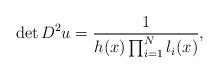
LaTeX: \begin{align*}\det D^2u ={1\over h(x)\prod_{i=1}^N l_i(x)},\end{align*}